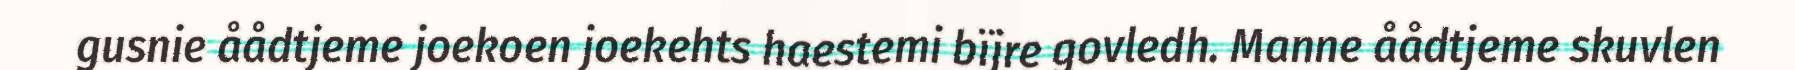
gusnie åådtjeme joekoen joekehts haestemi bïjre govledh. Manne åådtjeme skuvlen